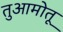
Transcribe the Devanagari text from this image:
तुआमोतू